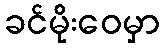
ခင်မိုးဝေမှာ